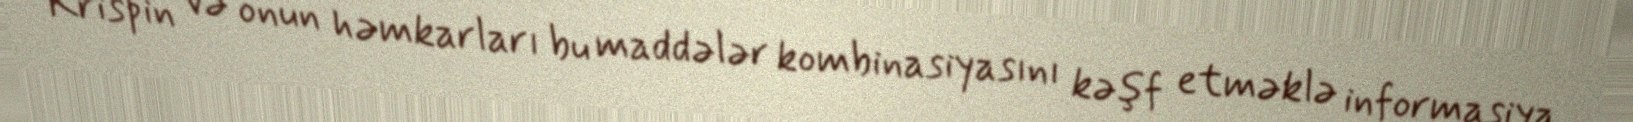
Krispin və onun həmkarları bu maddələr kombinasiyasını kəşf etməklə informasiya